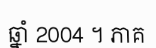
ឆ្នាំ 2004 ។ ភាគ